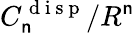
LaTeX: C_{\mathsf{n}}^{\mathrm{{~d~i~s~p~}}}/R^{\mathsf{n}}